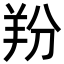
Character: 羒